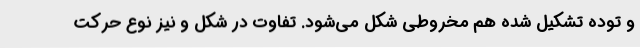
و توده تشکیل شده هم مخروطی شکل می‌شود. تفاوت در شکل و نیز نوع حرکت